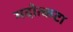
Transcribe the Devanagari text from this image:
मदोत्कटा